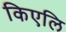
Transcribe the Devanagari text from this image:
किएलि